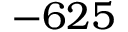
- 6 2 5